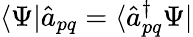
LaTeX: \langle\Psi|\hat{a}_{pq}=\langle\hat{a}_{pq}^{\dagger}\Psi|